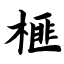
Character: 榧